Source: Handwritten
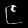
Digit: ၉ (9)